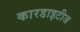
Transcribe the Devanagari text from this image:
कारडाइटीज